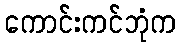
ကောင်းကင်ဘုံက